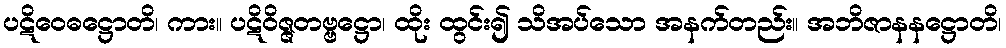
ပဋိဝေဓဋ္ဌောတိ၊ ကား။ ပဋိဝိဇ္ဇတဗ္ဗဋ္ဌော၊ ထိုး ထွင်း၍ သိအပ်သော အနက်တည်း။ အဘိဇာနနဋ္ဌောတိ၊